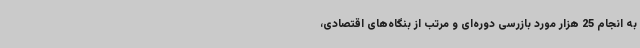
به انجام 25 هزار مورد بازرسی دوره‌ای و مرتب از بنگاه‌های اقتصادی،